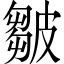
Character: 皺